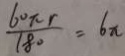
\frac { 6 0 \pi r } { 1 8 0 } = 6 \pi